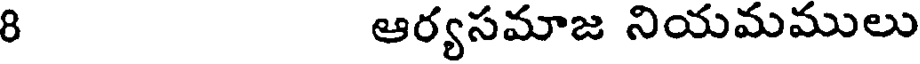
8 ఆర్యసమాజ నియమములు